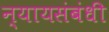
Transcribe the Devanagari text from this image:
न्यायसंबंधी